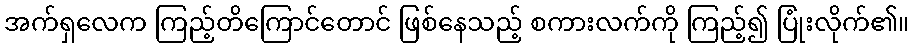
အက်ရှလေက ကြည့်တိကြောင်တောင် ဖြစ်နေသည့် စကားလက်ကို ကြည့်၍ ပြုံးလိုက်၏။